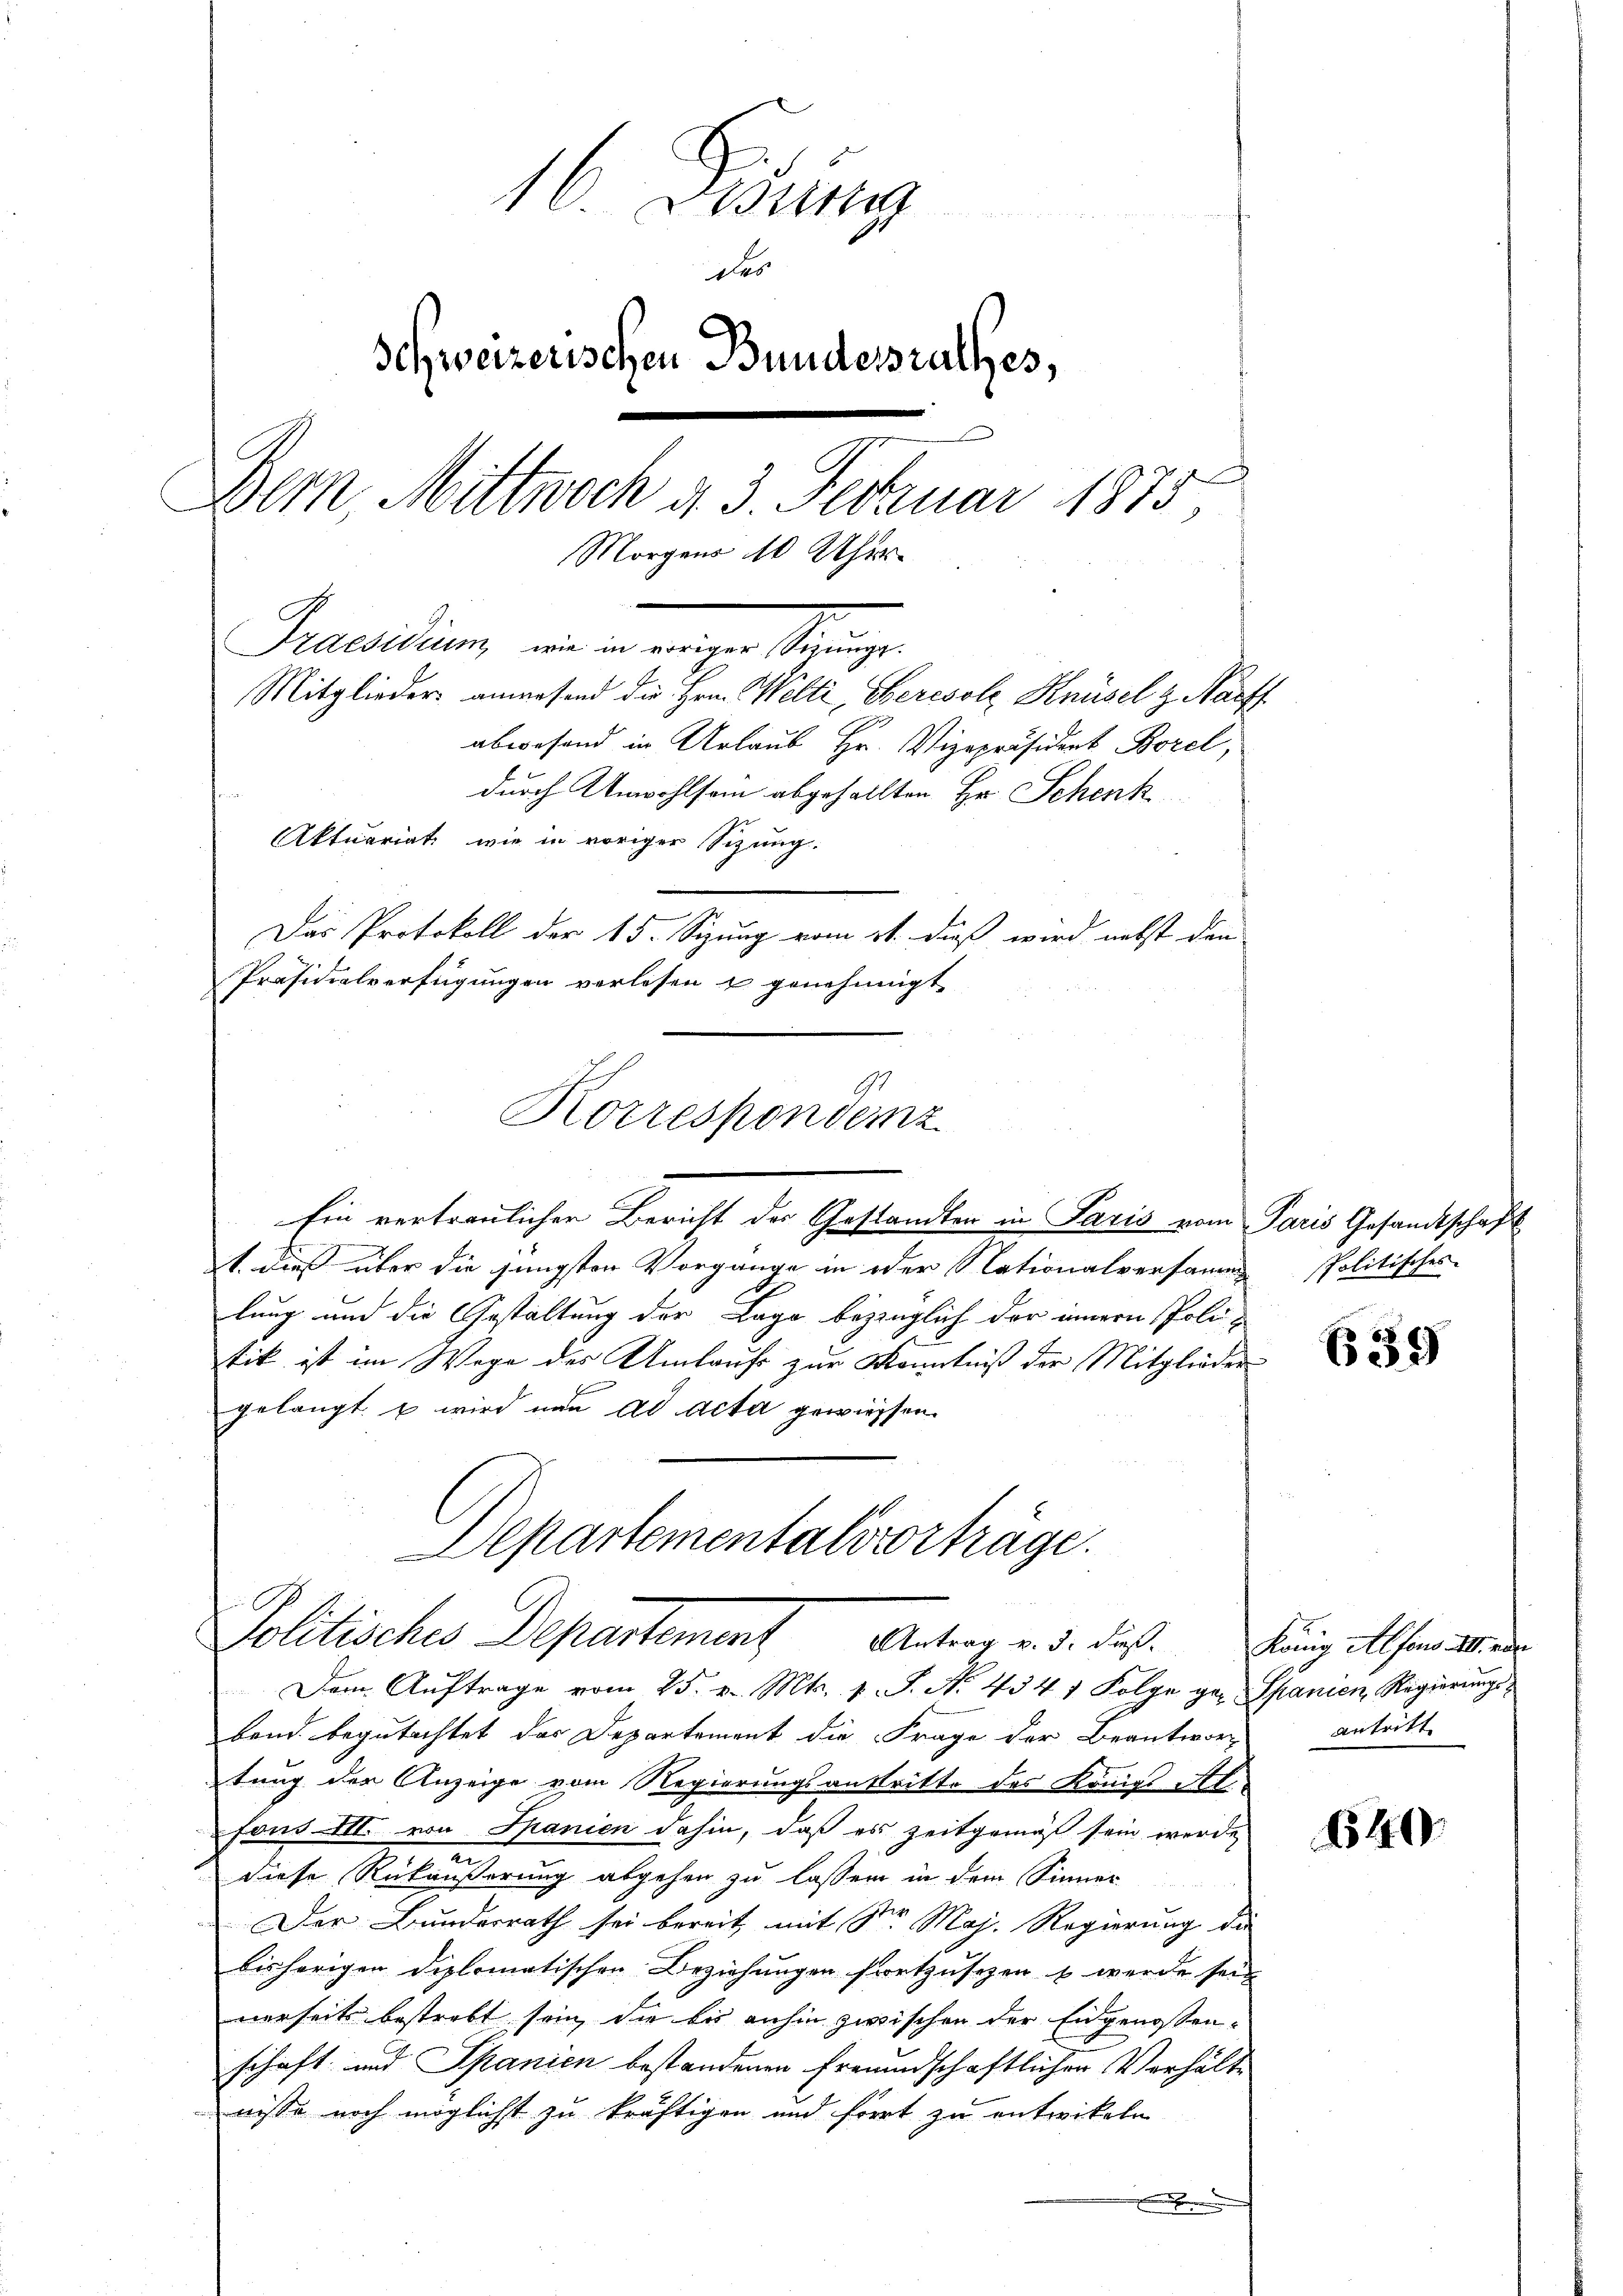
16. Deckung
des
Schweizerischen Bundesrathes,
Dem Mittwoch d. 3. Februar 1875
Morgens 10 Uhr
Gruendung an in einige Steinge
Mitglieder anwesend die Hrn. Welti, Beresolz Knüsel z. Harff
abwesend in Urlaub Hr. Vizepräsident Borel,
durch Unwohlsam abgehallten Hr. Schenk
Aktuariati, wie in voriger Sizung.
Das Protokoll der 15. Sizung vom 21. daß wird nebst den
Präsidialverfügungen verlesen u genehmigt

Korrespondemz

Ein vertraulichen Bericht der Gestandten in Paris vom Paris Gesandtschaft
1. dieß über die jüngsten Vorgange in oder Nationalversammen Politisches
lung und die Gestaltung der Lage bezüglich der innern Politik ist im Wege des Umlaufe zur Kenntniß der Mitglieder
gelangt u wird nun ad acta gewiessen.
Departementalsvorträge.

Politisches Departement Antrag in d. das

Dem Auftrage vom 25. v. Mts. 1. S. N. 434 1 Folge ger Spanien, Regierungsband begutachtet das Departement die Frage der Beantwort antritt
tung der Anzeige vom Regierungsanstritte des Königs Al.
fons III. von Spanien dahin, daß es zeitgemäß sein werde,
diese Rückäußerung abgehen zu lassen in dem Sinner
Der Bundesrath sei bereit mit Sr Maj. Regierung die
bisherigen Diplomatischen Beziehungen fortzusezen & werde sein
nerseits bestrebt sein, die bis anhin zwischen der Eidgenossen-
schaft und Spanien bestandenen freundschaftlichen Verhältn
nisse noch möglichst zu kräftigen und fiert zu entwickele
.

639

König Alfons A. von

640